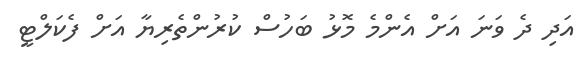
އަދި ދެ ވަނަ އަށް އެންމެ މޮޅު ބަހުސް ކުރުންތެރިޔާ އަށް ފެކަލްޓީ